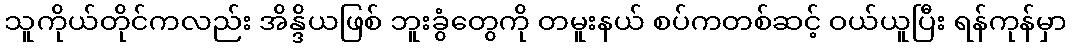
သူကိုယ်တိုင်ကလည်း အိန္ဒိယဖြစ် ဘူးခွံတွေကို တမူးနယ် စပ်ကတစ်ဆင့် ဝယ်ယူပြီး ရန်ကုန်မှာ